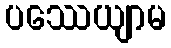
ပဿေယျာမ